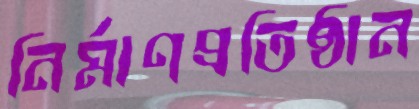
নির্মাণপ্রতিষ্ঠান